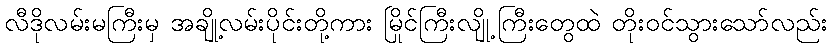
လီဒိုလမ်းမကြီးမှ အချို့လမ်းပိုင်းတို့ကား မြိုင်ကြီးလျို့ကြီးတွေထဲ တိုးဝင်သွားသော်လည်း